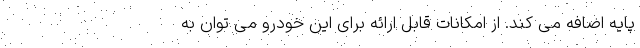
پایه اضافه می کند. از امکانات قابل ارائه برای این خودرو می توان به